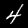
Label: 4